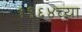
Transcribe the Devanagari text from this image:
१९६४च्या